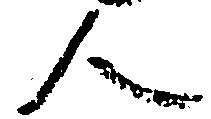
人